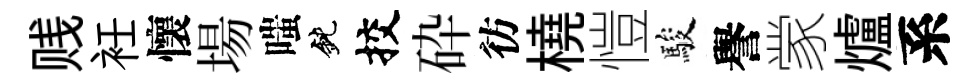
贱衽懷場嗤鈍挍砕彷橈愷駿譽䝉爐系